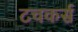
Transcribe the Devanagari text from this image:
टचकर्स